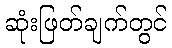
ဆုံးဖြတ်ချက်တွင်